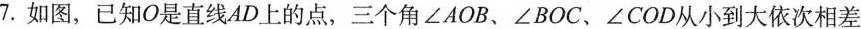
7.如图，已知O是直线AD上的点，三个角∠AOB、∠BOC、∠COD从小到大依次相差